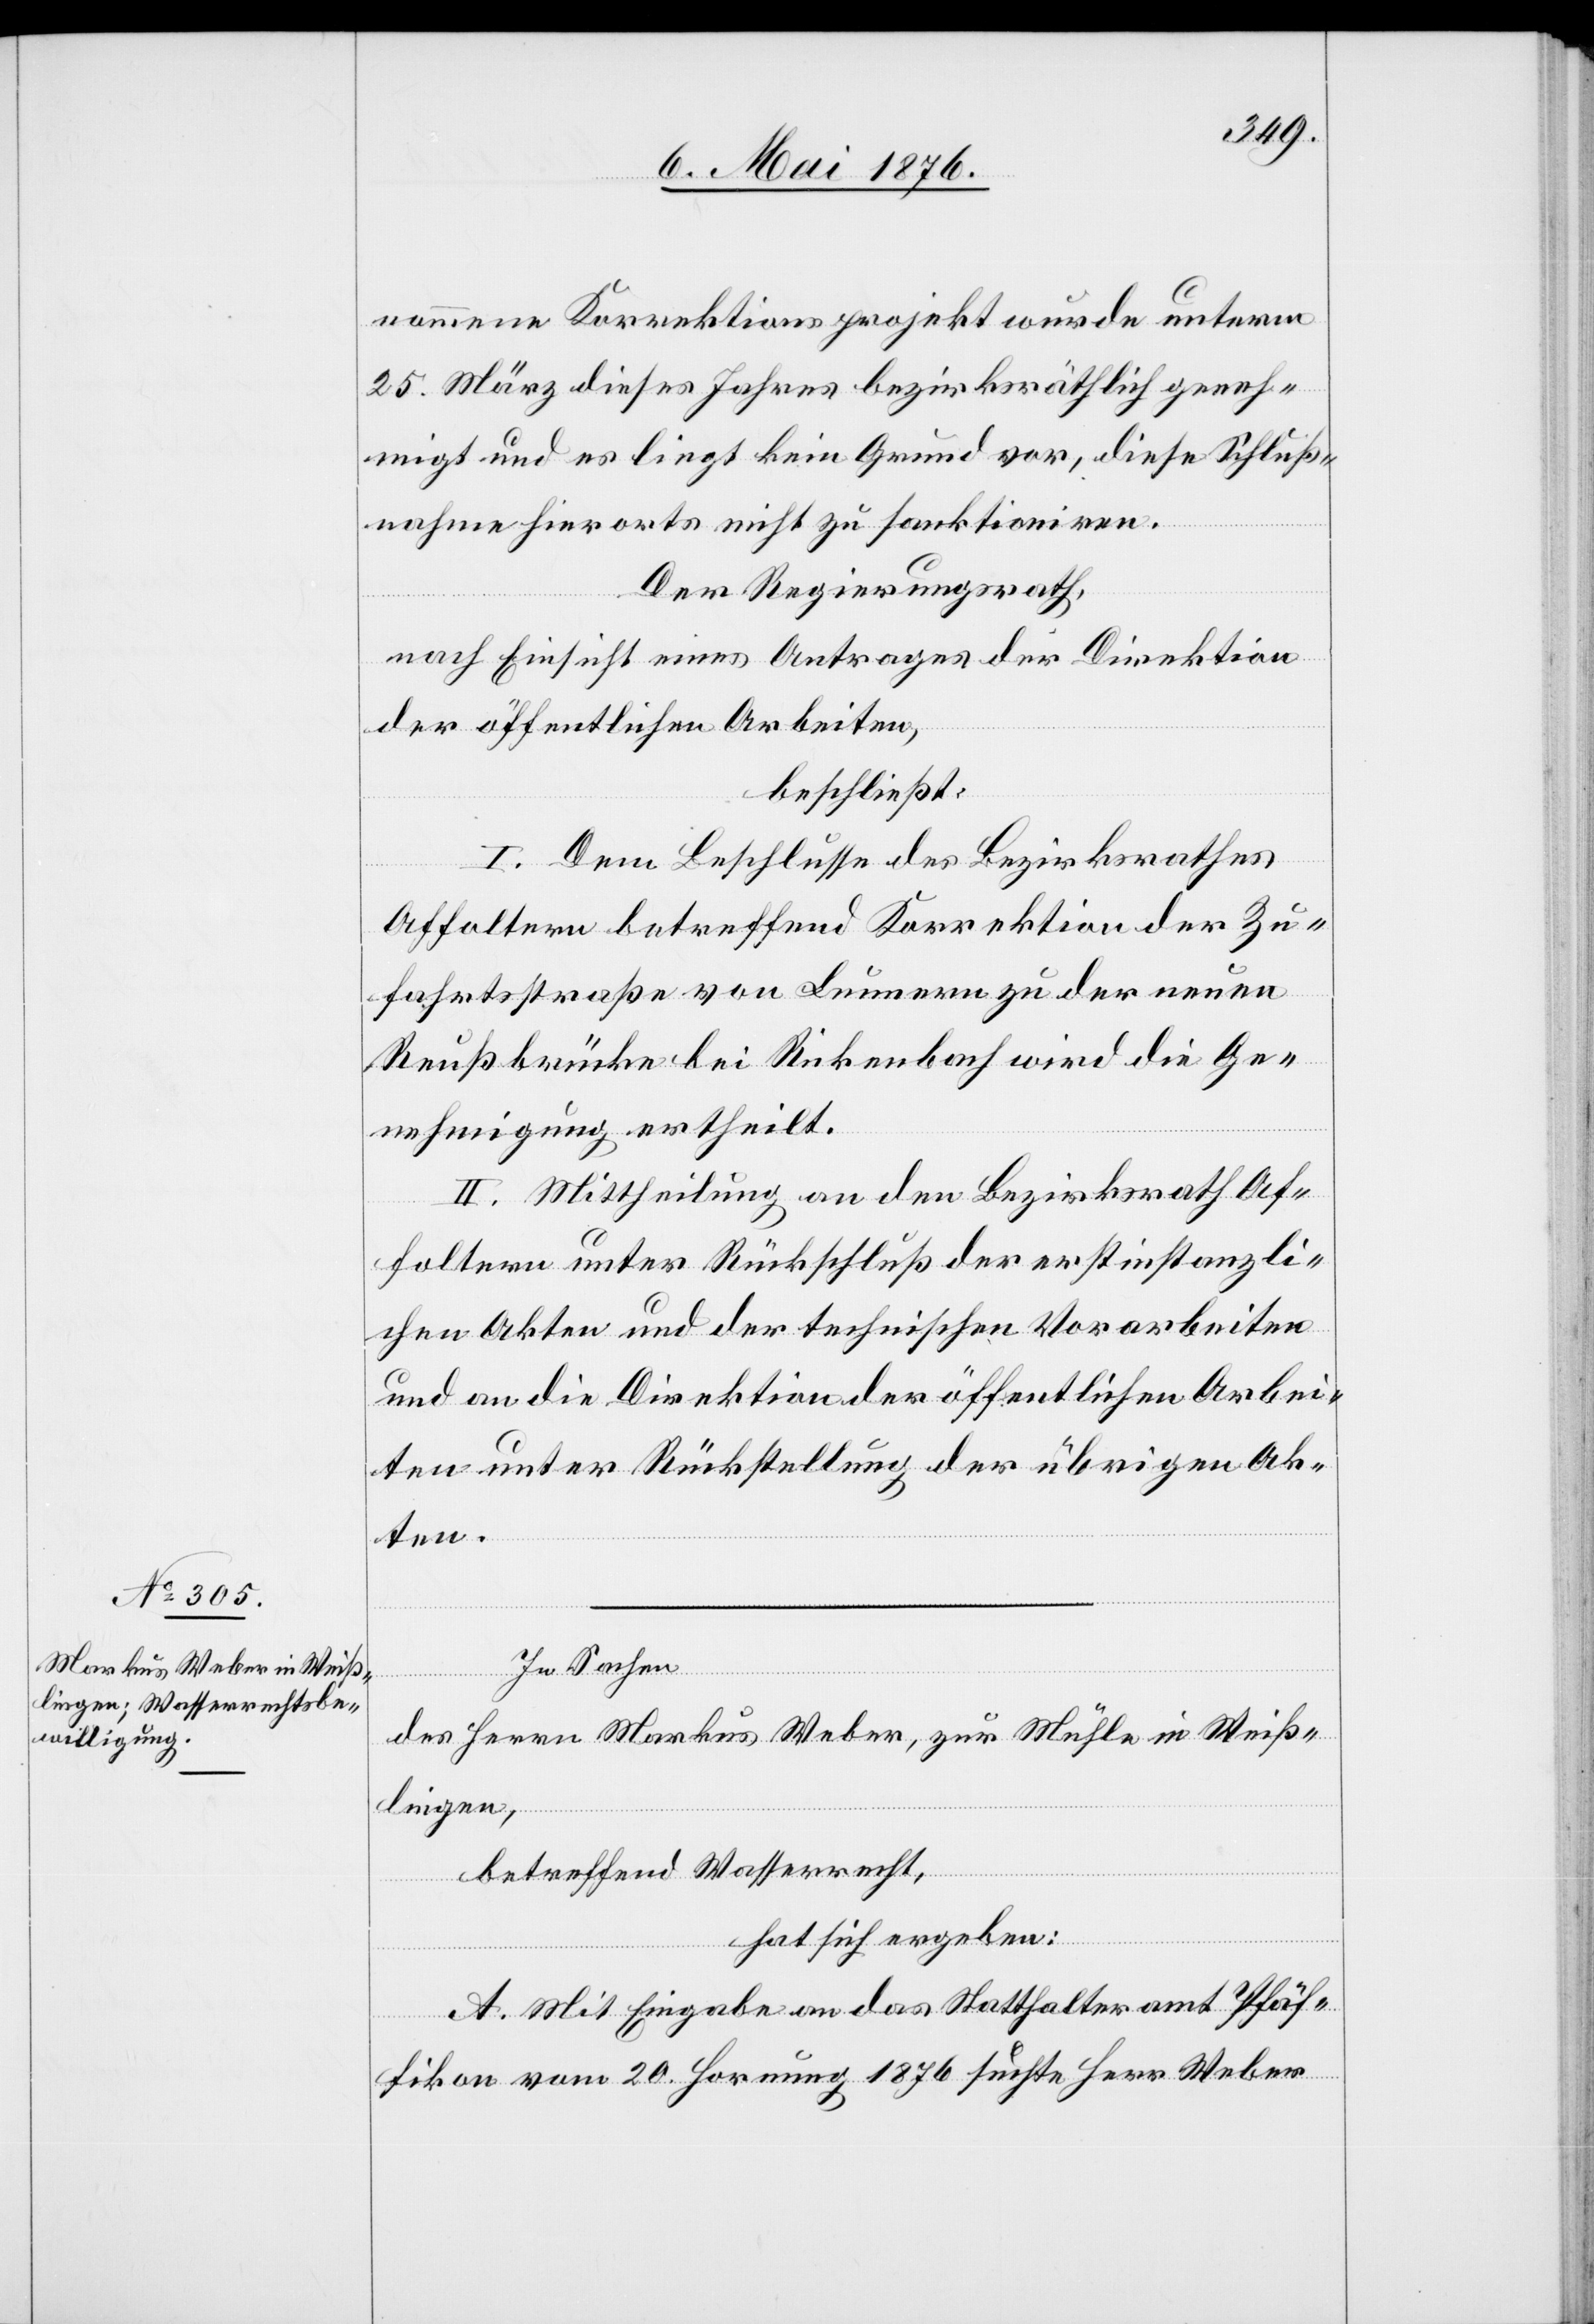
nommene Korrektionsprojekt wurde unterm
25. März dieses Jahres bezirksräthlich geneh¬
migt und es liegt kein Grund vor, diese Schluß¬
nahme hierorts nicht zu sanktionieren.
Der Regierungsrath,
nach Einsicht eines Antrages der Direktion
der öffentlichen Arbeiten,
beschließt:
I. Dem Beschlusse des Bezirksrathes
Affoltern betreffend Korrektion der Zu¬
fahrtsstraße von Lunnern zu der neuen
Reußbrücke bei Rickenbach wird die Ge¬
nehmigung ertheilt.
II. Mittheilung an den Bezirksrath Af¬
foltern unter Rückschluß der erstinstanzli¬
chen Akten und der technischen Vorarbeiten
und an die Direktion der öffentlichen Arbei¬
ten unter Rückstellung der übrigen Ak¬
ten.
In Sachen
des Herrn Markus Weber, zur Mühle in Weiß¬
lingen,
betreffend Wasserrecht,
hat sich ergeben:
A. Mit Eingabe an das Statthalteramt Pfäf¬
fikon vom 20. Hornung 1876 suchte Herr Weber